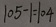
1 0 5 - 1 = 1 0 4